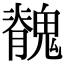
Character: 䰪